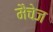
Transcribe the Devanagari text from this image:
मैचेज